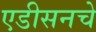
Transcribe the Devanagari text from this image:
एडीसनचे